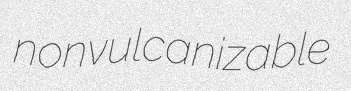
nonvulcanizable